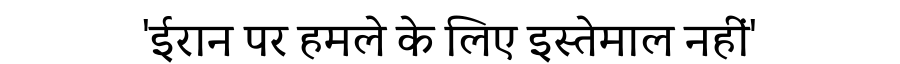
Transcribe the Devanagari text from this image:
'ईरान पर हमले के लिए इस्तेमाल नहीं'